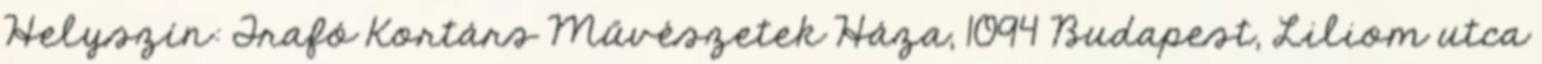
Helyszín: Trafó Kortárs Művészetek Háza, 1094 Budapest, Liliom utca